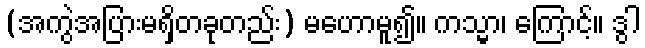
(အကွဲအပြားမရှိတခုတည်း) မဟောမူ၍။ ကသ္မာ၊ ကြောင့်။ ဒွါ